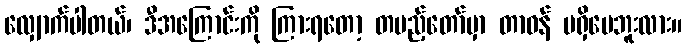
လျှောက်ပါတယ်၊ ဒီအကြောင်းကို ကြားရတော့ တပည့်တော်မှာ တာဝန် မရှိပေဘူးလား။